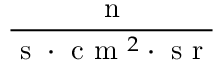
\frac { \mathrm { ~ n ~ } } { \mathrm { ~ s ~ } \cdot \mathrm { ~ c ~ m ~ } ^ { 2 } \cdot \mathrm { ~ s ~ r ~ } }